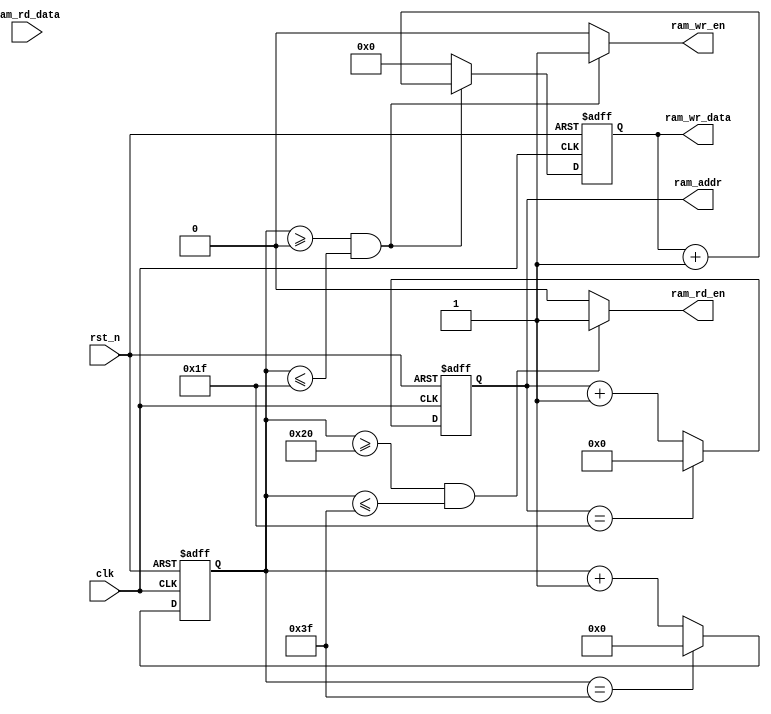
module ram_rw(
    input               clk,
    input               rst_n,
    output              ram_wr_en,              //
    output              ram_rd_en,              //
    output  reg [4:0]   ram_addr,               //
    output  reg [7:0]   ram_wr_data,            //
    input       [7:0]   ram_rd_data             //
);

reg [5:0]   rw_cnt;                             //

//rw_cnt0~311
assign ram_wr_en = ((rw_cnt>=6'd0)&&(rw_cnt<=6'd31)) ? 1'b1:1'b0;

//rw_cnt32~631
assign ram_rd_en = ((rw_cnt>=6'd32)&&(rw_cnt<=6'd63)) ? 1'b1:1'b0;

//wr_cnt0~63
always @(posedge clk or negedge rst_n) begin
    if(rst_n==1'b0)
        rw_cnt <= 6'd0;
    else if(rw_cnt==6'd63)
        rw_cnt <= 6'd0;
    else
        rw_cnt <= rw_cnt + 6'd1;
end

//rw_cnt0~31
always @(posedge clk or negedge rst_n) begin
    if(rst_n==1'b0)
        ram_wr_data <= 8'd0;
    else if(rw_cnt>=6'd0&&rw_cnt<=6'd31)
        ram_wr_data <= ram_wr_data + 8'd1;
    else
        ram_wr_data <= 8'd0;
end

//4ram0~31
always @(posedge clk or negedge rst_n) begin
    if(rst_n==1'b0)
        ram_addr <= 5'd0;
    else if(ram_addr==5'd31)
        ram_addr <= 5'd0;
    else
        ram_addr <= ram_addr + 1'b1;
end

endmodule